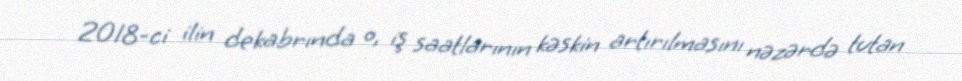
2018-ci ilin dekabrında o, iş saatlarının kəskin artırılmasını nəzərdə tutan